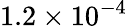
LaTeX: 1.2\times 10^{-4}